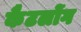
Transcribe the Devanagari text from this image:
कैटलोंग